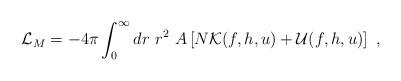
LaTeX: \begin{align*}{\cal L}_M=-4\pi\int_0^\infty dr \ r^2 \ A\left[N {\cal{K}}(f,h,u)+{\cal{U}}(f,h,u)\right] \ ,\end{align*}